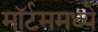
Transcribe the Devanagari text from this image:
मॉर्टममध्ये